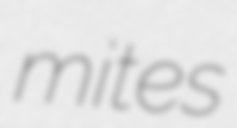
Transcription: mites